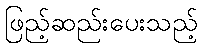
ဖြည့်ဆည်းပေးသည့်